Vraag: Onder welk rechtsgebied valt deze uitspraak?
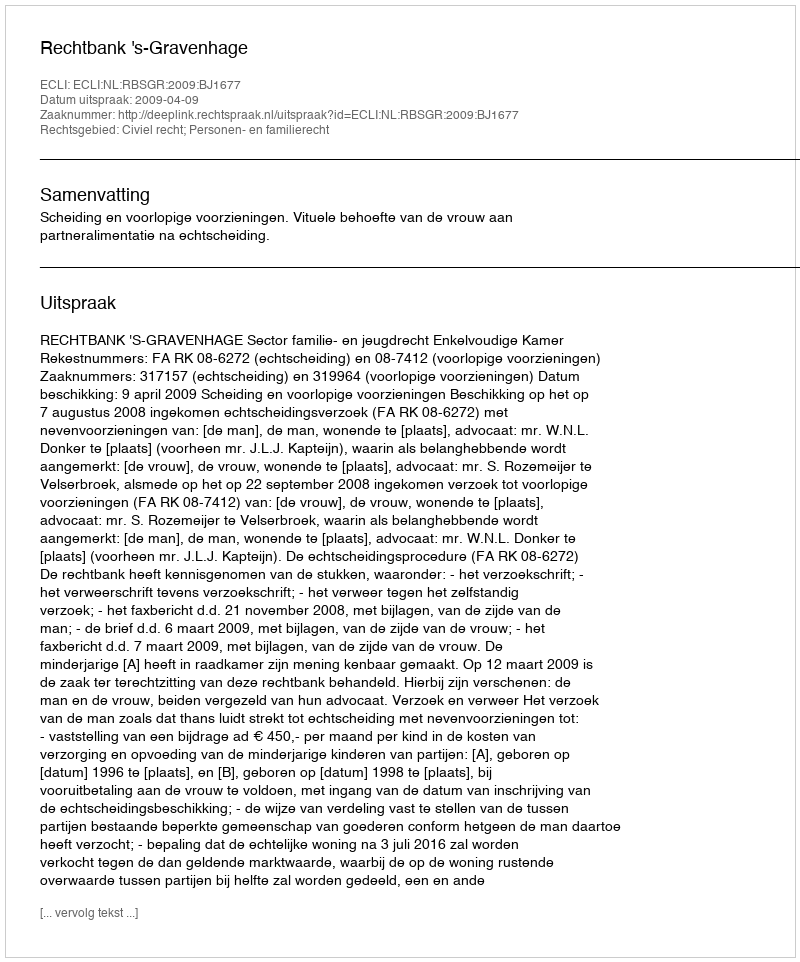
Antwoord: Civiel recht; Personen- en familierecht